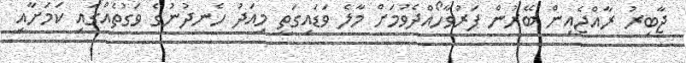
ޖާބިރު ރާއްޖެއިން ބޭރުން ފަރުވާހޯއްދެވުމަށް މާލެ ވަޑައިގަތީ މިއަދު ހެނދުނުގެ ވަގުތެއްގައި ކަމަށާއި